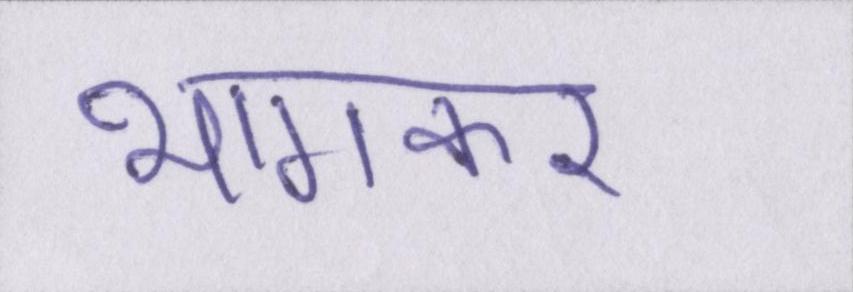
भागकर